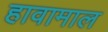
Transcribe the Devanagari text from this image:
हावामाल